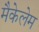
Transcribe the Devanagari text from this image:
मैकेलेम